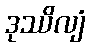
ဒုဿိလျံ